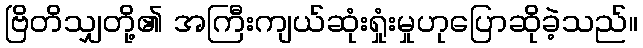
ဗြိတိသျှတို့၏ အကြီးကျယ်ဆုံးရှုံးမှုဟုပြောဆိုခဲ့သည်။